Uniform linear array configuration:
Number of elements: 48
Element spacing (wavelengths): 0.75
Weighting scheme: blackman
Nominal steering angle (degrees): -30
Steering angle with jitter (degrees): -30.631
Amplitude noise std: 0.05
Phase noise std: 0.05

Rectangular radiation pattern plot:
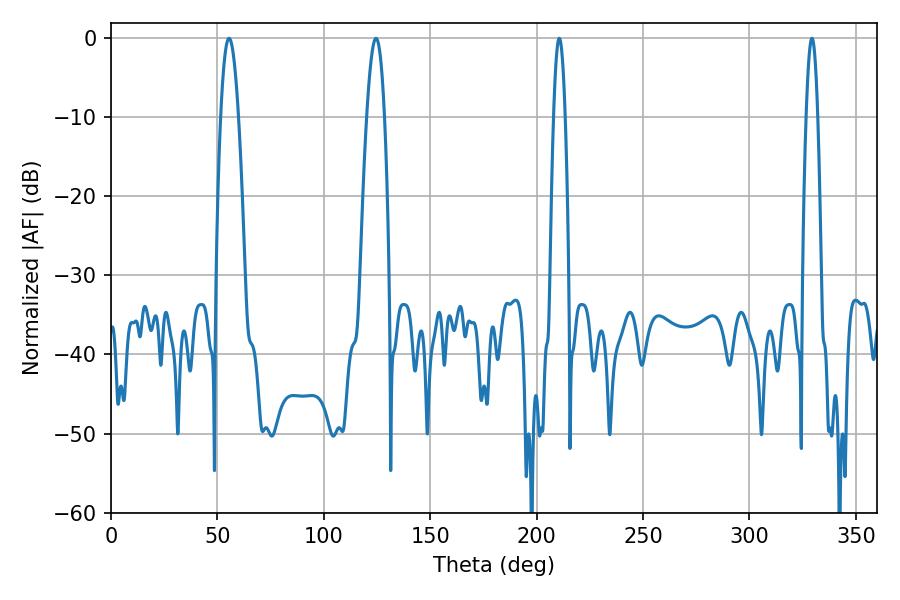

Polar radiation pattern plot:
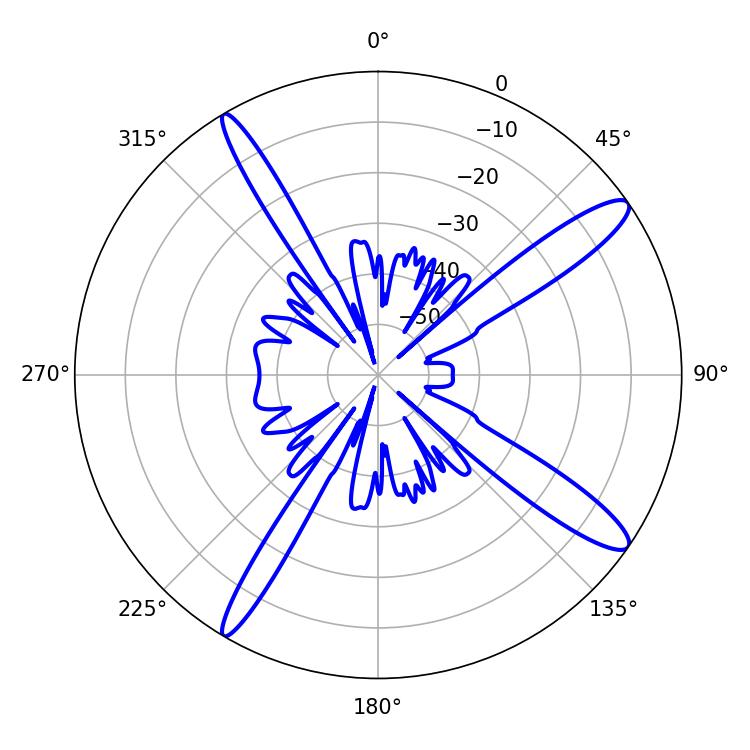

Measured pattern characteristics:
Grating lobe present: TRUE
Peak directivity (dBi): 13.721
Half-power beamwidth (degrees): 4.5
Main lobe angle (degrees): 55.44